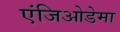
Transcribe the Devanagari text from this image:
एंजिओडेमा